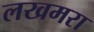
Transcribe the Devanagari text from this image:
लखमरा